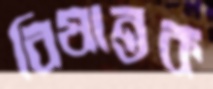
বিষান্তক